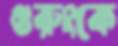
গুরুংকে